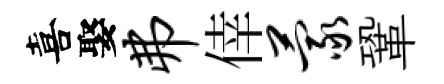
喜娶弗倖蒙鞏